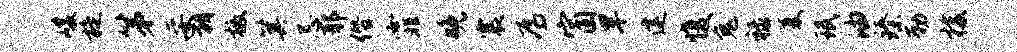
峻旋第妥朝檄箕忌耶僭霏晚震焉窗旱建愎兔禄厦珉油臻勒梭